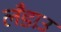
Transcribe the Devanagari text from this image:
लँडाउ